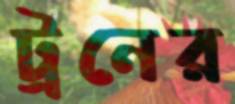
ট্রনের